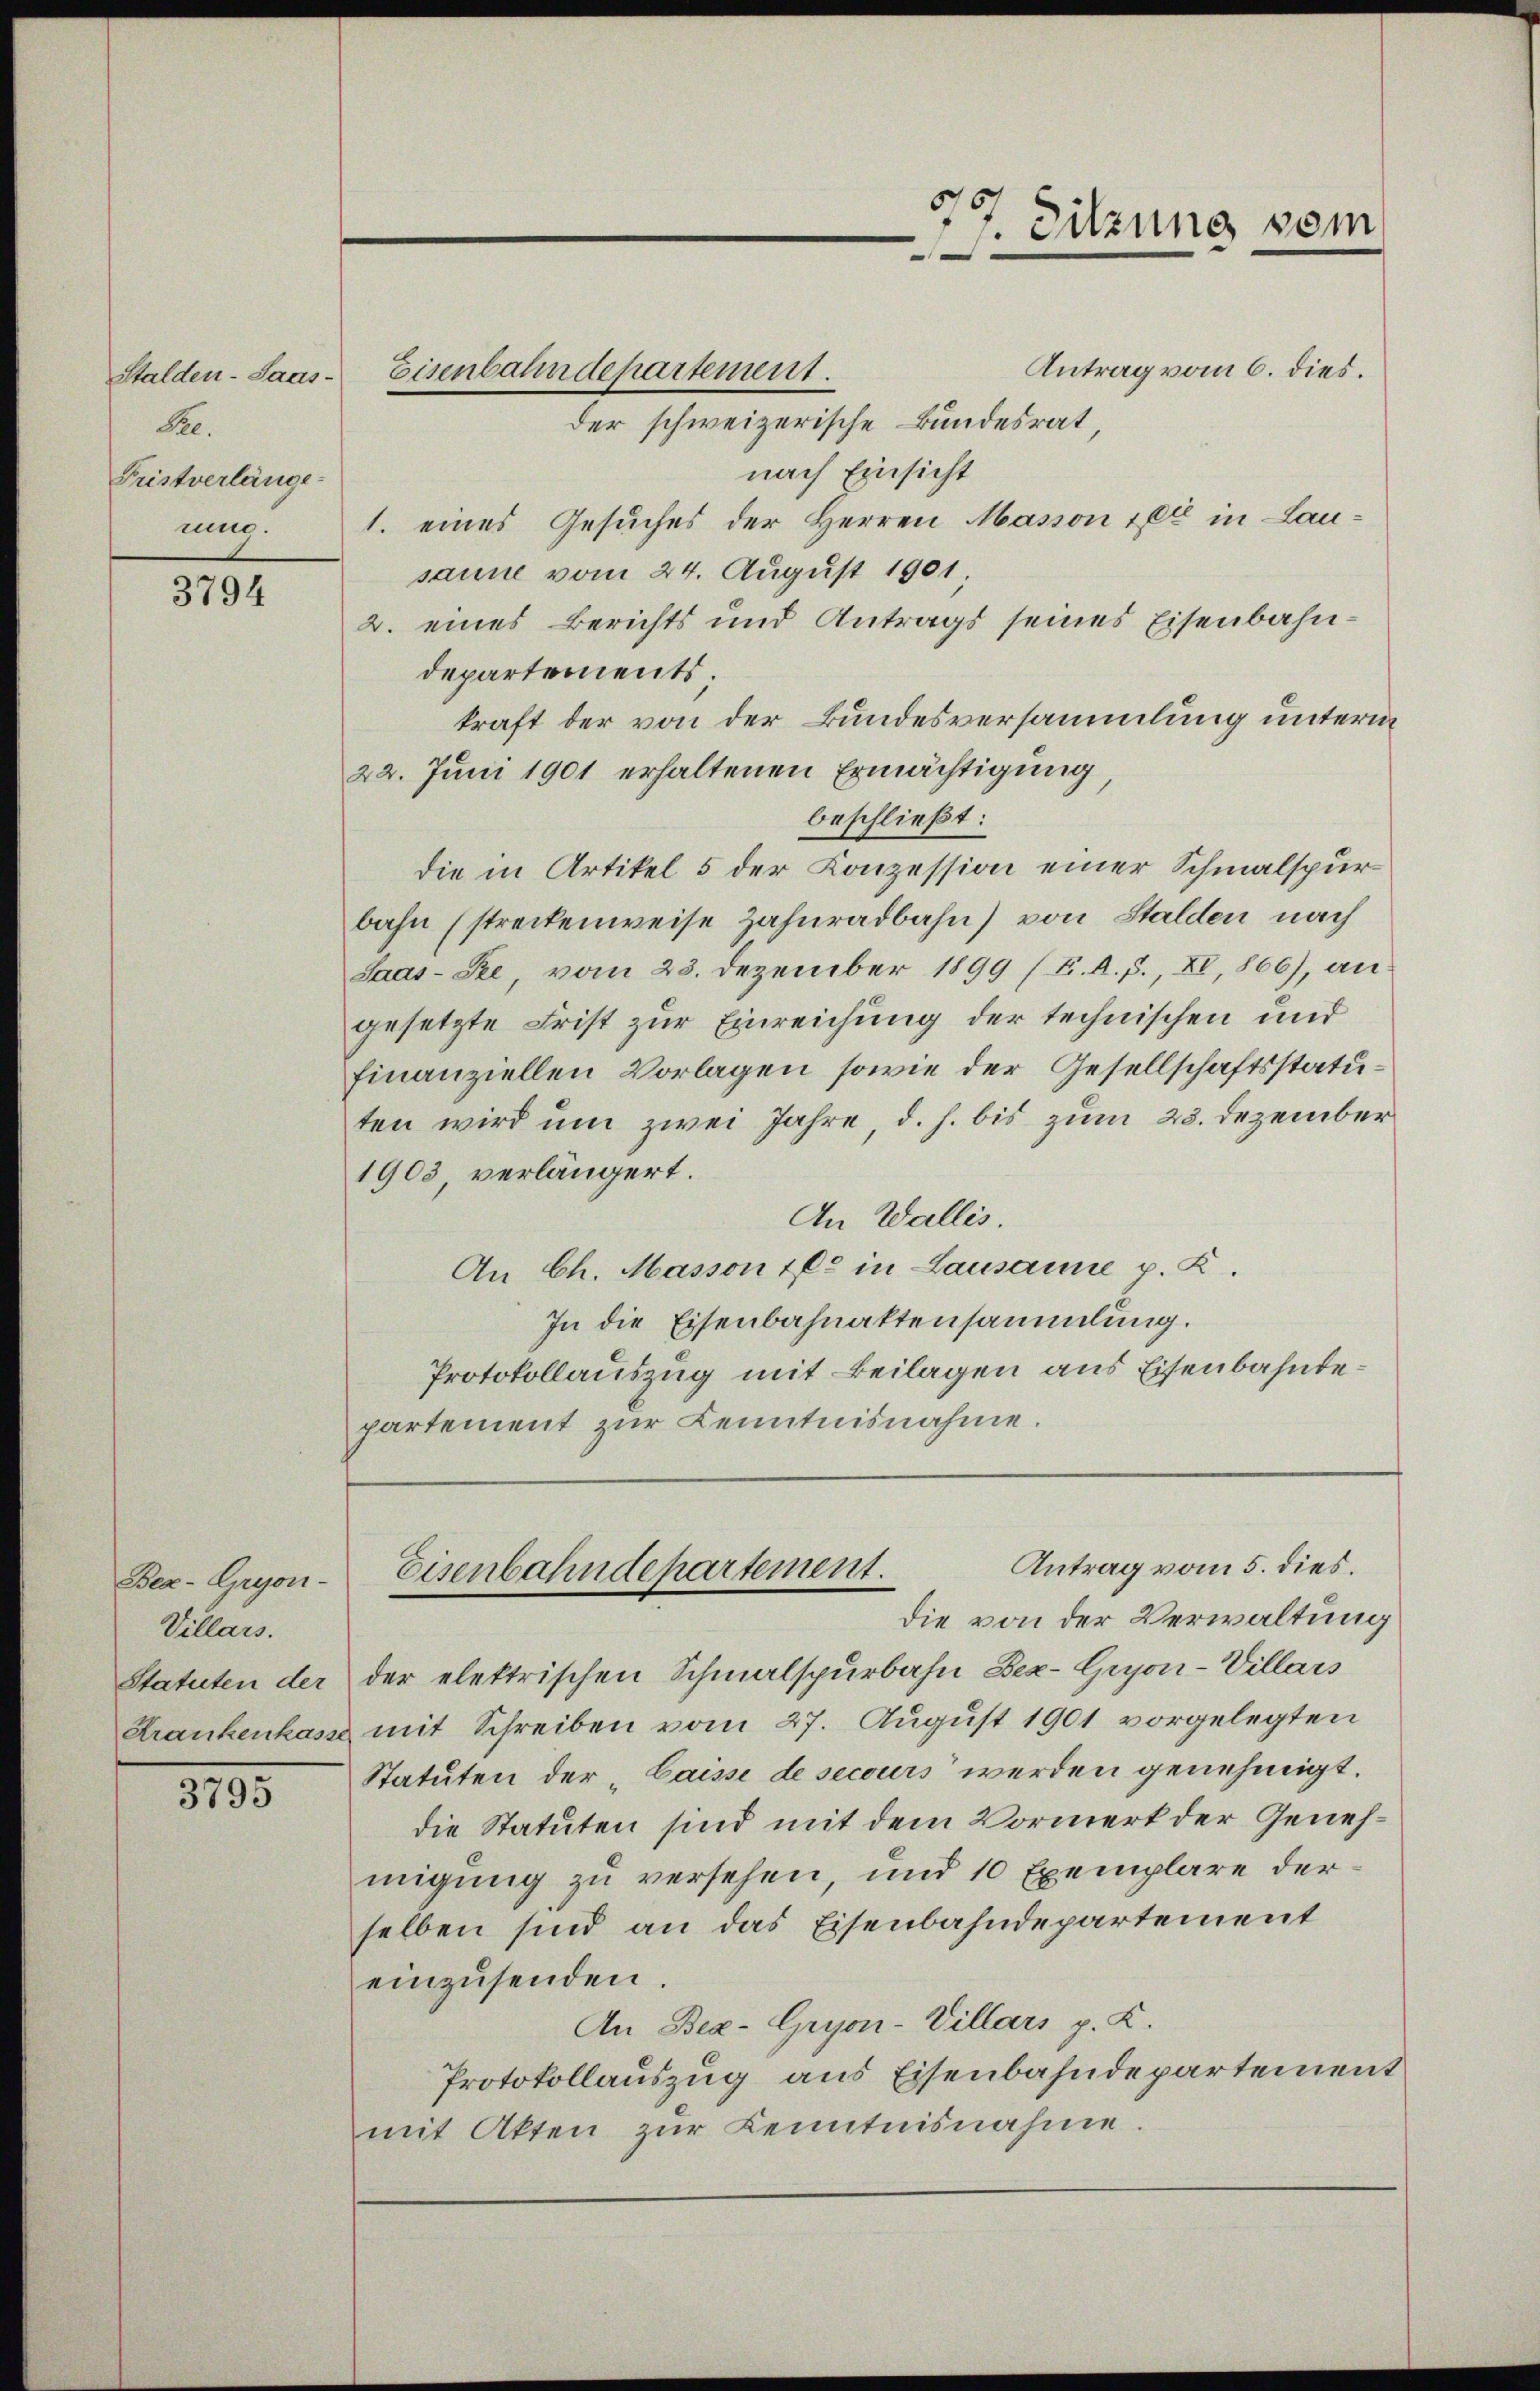
Stalden-Saas¬
Pre.
Fristverlänge
nug.

3794

Bea-Gryon-
Villars.
Statuten der
Krankenkasse

3795

Antrag vom 6. dies.
der schweizerische Bundesrat
nach Einsicht
1. eines Gesuches der Herren Masson tel in Lausanne vom 24. August 1901.
2. eines Berichts und Antrags seines Eisenbahndepartements;
kraft der von der Bundesversammlung unterm
22. Juni 1901 erhaltenen Ermächtigung,
beschließt:
die in Artikel 5 der Conzession einer Schmalspurbahn (streckenweise Zahnradbahn) von Stalden nach
Saas-See, vom 23. Dezember 1899 (F. A. F., XI, 866), an
gesetzte Frist zur Einreichung der technischen und
finanziellen Vorlagen, sowie der Gesellschaftsstatuten wird um zwei Jahre, d. h. bis zum 23. Dezember
1903 verlängert.
An Wallis.
An Ch. Masson fl. in Lausanne p. K.
In die Eisenbahnaktensammlung.
Protokollauszug mit Beilagen aus Eisenbahndepartement zŭr Kenntnisnahme.

Eisenbahndepartement.

77. Sitzung vom

die von der Verwaltung
der elektrischen Schmalspurbahn Bez-Gujon-Villars
mit Schreiben vom 27. August 1901 vorgelegten
Statuten der „Caisse de secours werden genehmigt.
die Statuten sind mit dem Vormerk der Genehmigung zu versehen, und 10 Exemplare derselben sind an das Eisenbahndepartement
einzusenden.
An Bez-Gryon-Villars p. K.
Protokollauszug aus Eisenbahndepartement
mit Akten zur Kenntnisnahme.

Antrag vom 5. dies.
Eisenbahndepartement.